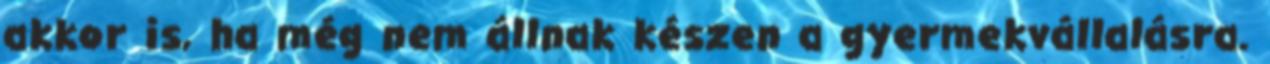
akkor is, ha még nem állnak készen a gyermekvállalásra.